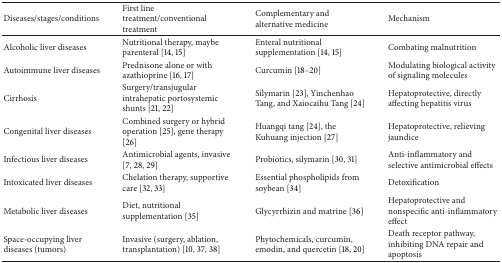
<table><thead><tr><td><b>Diseases/stages/conditions </b></td><td><b>First line treatment/conventional treatment</b></td><td><b>Complementary and alternative medicine</b></td><td><b>Mechanism</b></td></tr></thead><tbody><tr><td>Alcoholic liver diseases</td><td>Nutritional therapy, maybe parenteral [14, 15]</td><td>Enteral nutritional supplementation [14, 15]</td><td>Combating malnutrition</td></tr><tr><td>Autoimmune liver diseases</td><td>Prednisone alone or with azathioprine [16, 17]</td><td>Curcumin [18–20]</td><td>Modulating biological activity of signaling molecules</td></tr><tr><td>Cirrhosis</td><td>Surgery/transjugular intrahepatic portosystemic shunts [21, 22]</td><td>Silymarin [23], Yinchenhao Tang, and Xaiocaihu Tang [24] </td><td>Hepatoprotective, directly affecting hepatitis virus</td></tr><tr><td>Congenital liver diseases</td><td>Combined surgery or hybrid operation [25], gene therapy [26]</td><td>Huangqi tang [24], the Kuhuang injection [27]</td><td>Hepatoprotective, relieving jaundice </td></tr><tr><td>Infectious liver diseases</td><td>Antimicrobial agents, invasive [7, 28, 29]</td><td>Probiotics, silymarin [30, 31]</td><td>Anti-inflammatory and selective antimicrobial effects </td></tr><tr><td>Intoxicated liver diseases</td><td>Chelation therapy, supportive care [32, 33]</td><td>Essential phospholipids from soybean [34]</td><td>Detoxification </td></tr><tr><td>Metabolic liver diseases</td><td>Diet, nutritional supplementation [35]</td><td>Glycyrrhizin and matrine [36]</td><td>Hepatoprotective and nonspecific anti-inflammatory effect</td></tr><tr><td>Space-occupying liver diseases (tumors)</td><td>Invasive (surgery, ablation, transplantation) [10, 37, 38]</td><td>Phytochemicals, curcumin, emodin, and quercetin [18, 20]</td><td>Death receptor pathway, inhibiting DNA repair and apoptosis </td></tr></tbody></table>